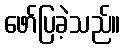
ဖော်ပြခဲ့သည်။